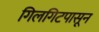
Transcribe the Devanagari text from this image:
गिलगिटपासून